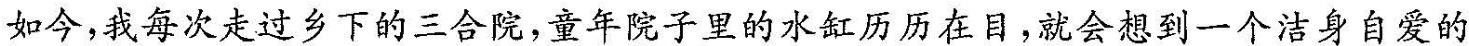
如今，我每次走过乡下的三合院，童年院子里的水缸历历在目，就会想到一个洁身自爱的